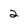
Character: 2